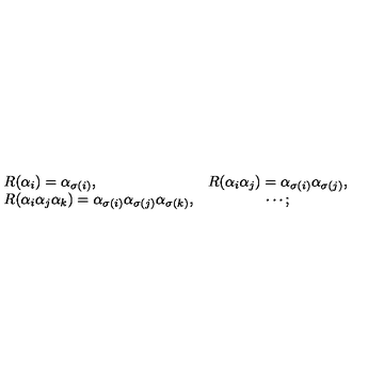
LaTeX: \begin{array} { l c } { R ( \alpha _ { i } ) = \alpha _ { \sigma ( i ) } , } & { R ( \alpha _ { i } \alpha _ { j } ) = \alpha _ { \sigma ( i ) } \alpha _ { \sigma ( j ) } , } \\ { R ( \alpha _ { i } \alpha _ { j } \alpha _ { k } ) = \alpha _ { \sigma ( i ) } \alpha _ { \sigma ( j ) } \alpha _ { \sigma ( k ) } , } & { \cdots ; } \\ \end{array}